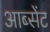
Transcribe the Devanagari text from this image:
आब्सेंट